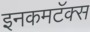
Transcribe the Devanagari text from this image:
इनकमटॅक्स